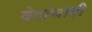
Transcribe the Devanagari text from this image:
वेदांचाही